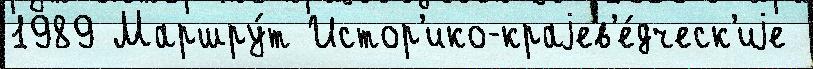
1989 Маршру́т Истор'ико-краjев'е́дческ'иjе